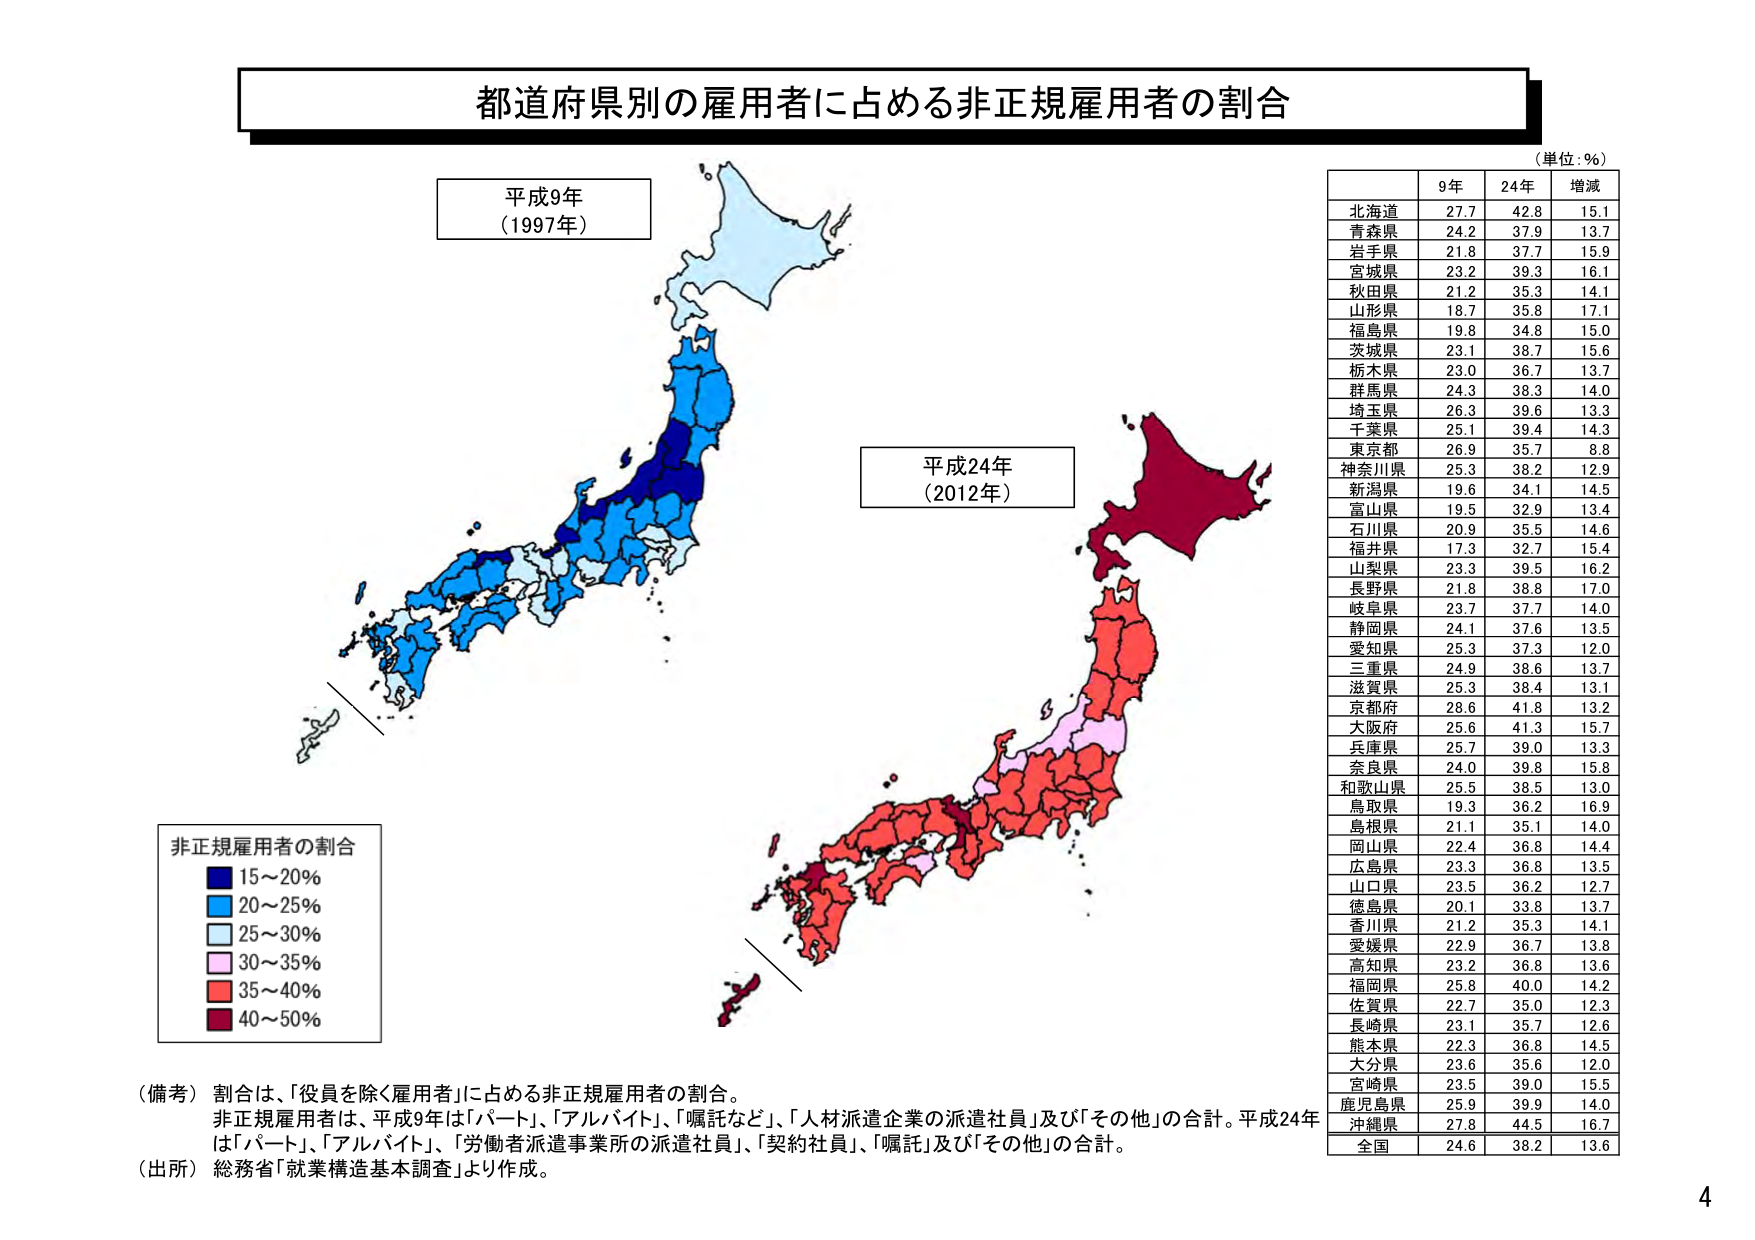
都道府県別の雇用者に占める非正規雇用者の割合

（単位：％）

平成9年
（1997年）

平成24年
（2012年）

非正規雇用者の割合
■ 15～20％
■ 20～25％
■ 25～30％
■ 30～35％
■ 35～40％
■ 40～50％

9年 24年 増減
北海道 27.7 42.8 15.1
青森県 24.2 37.9 13.7
岩手県 21.8 37.7 15.9
宮城県 23.2 39.3 16.1
秋田県 21.2 35.3 14.1
山形県 18.7 35.8 17.1
福島県 19.8 34.8 15.0
茨城県 23.1 38.7 15.6
栃木県 23.0 36.7 13.7
群馬県 24.3 38.3 14.0
埼玉県 26.3 39.6 13.3
千葉県 25.1 39.4 14.3
東京都 26.9 35.7 8.8
神奈川県 25.3 38.2 12.9
新潟県 19.6 34.1 14.5
富山県 19.5 32.9 13.4
石川県 20.9 35.5 14.6
福井県 17.3 32.7 15.4
山梨県 23.3 39.5 16.2
長野県 21.8 38.8 17.0
岐阜県 23.7 37.7 14.0
静岡県 24.1 37.6 13.5
愛知県 25.3 37.3 12.0
三重県 24.9 38.6 13.7
滋賀県 25.3 38.4 13.1
京都府 28.6 41.8 13.2
大阪府 25.6 41.3 15.7
兵庫県 25.7 39.0 13.3
奈良県 24.0 39.8 15.8
和歌山県 25.5 38.5 13.0
鳥取県 19.3 36.2 16.9
島根県 21.1 35.1 14.0
岡山県 22.4 36.8 14.4
広島県 23.3 36.8 13.5
山口県 23.5 36.2 12.7
徳島県 20.1 33.8 13.7
香川県 21.2 35.3 14.1
愛媛県 22.9 36.7 13.8
高知県 23.2 36.8 13.6
福岡県 25.8 40.0 14.2
佐賀県 22.7 35.0 12.3
長崎県 23.1 35.7 12.6
熊本県 22.3 36.8 14.5
大分県 23.6 35.6 12.0
宮崎県 23.5 39.0 15.5
鹿児島県 25.9 39.9 14.0
沖縄県 27.8 44.5 16.7
全国 24.6 38.2 13.6

（備考） 割合は、「役員を除く雇用者」に占める非正規雇用者の割合。
非正規雇用者は、平成9年は「パート」、「アルバイト」、「嘱託など」、「人材派遣企業の派遣社員」及び「その他」の合計。平成24年は「パート」、「アルバイト」、「労働者派遣事業所の派遣社員」、「契約社員」、「嘱託」及び「その他」の合計。
（出所） 総務省「就業構造基本調査」より作成。

4